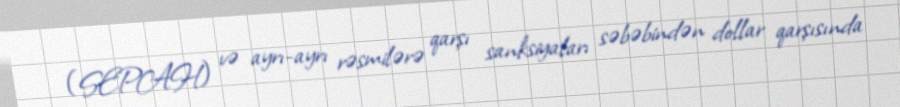
(SEPAH) və ayrı-ayrı rəsmilərə qarşı sanksiyaları səbəbindən dollar qarşısında